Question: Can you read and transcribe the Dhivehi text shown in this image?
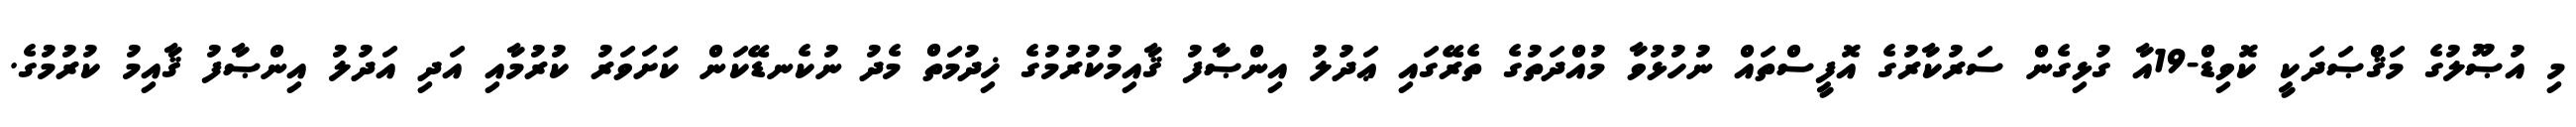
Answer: މި އުޞޫލުގެ މަޤްޞަދަކީ ކޮވިޑް-19އާ ގުޅިގެން ސަރުކާރުގެ އޮފީސްތައް ނުހުޅުވާ މުއްދަތުގެ ތެރޭގައި ޢަދުލު އިންޞާފު ޤާއިމުކުރުމުގެ ޚިދުމަތް މެދު ނުކެނޑޭކަން ކަށަވަރު ކުރުމާއި އަދި އަދުލު އިންޞާފު ޤާއިމު ކުރުމުގެ.